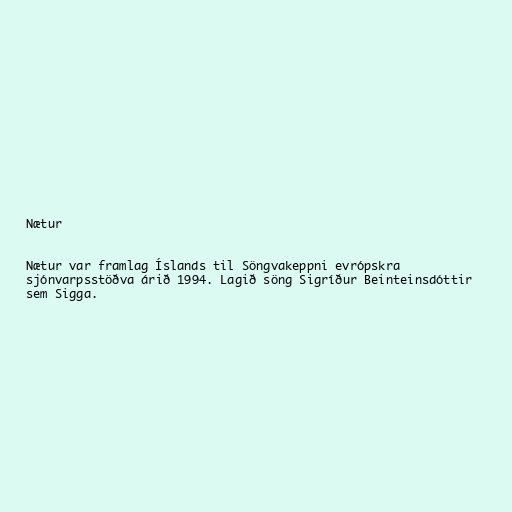
Nætur

Nætur var framlag Íslands til Söngvakeppni evrópskra
sjónvarpsstöðva árið 1994. Lagið söng Sigríður Beinteinsdóttir
sem Sigga.